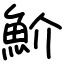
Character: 魪